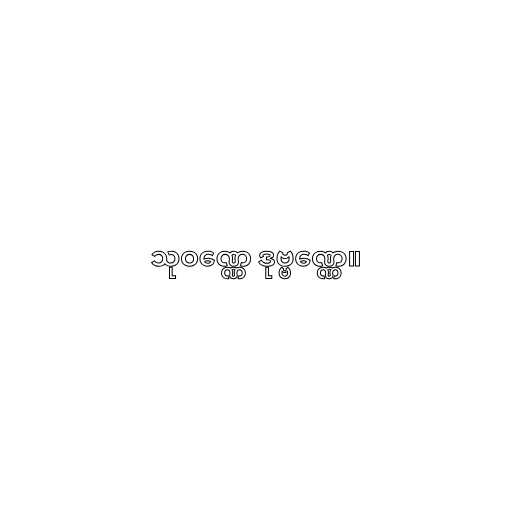
သုဝဏ္ဏေ ဒုဗ္ဗဏ္ဏေ။